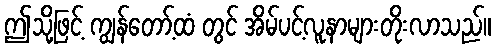
ဤသို့ဖြင့် ကျွန်တော့်ထံ တွင် အိမ်ပင့်လူနာများတိုးလာသည်။